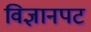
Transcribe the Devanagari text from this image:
विज्ञानपट